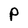
Character: P